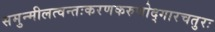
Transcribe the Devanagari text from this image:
समुन्मीलत्वन्तःकरणकरुणोद्गारचतुरः